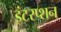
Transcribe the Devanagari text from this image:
इंटरप्शन